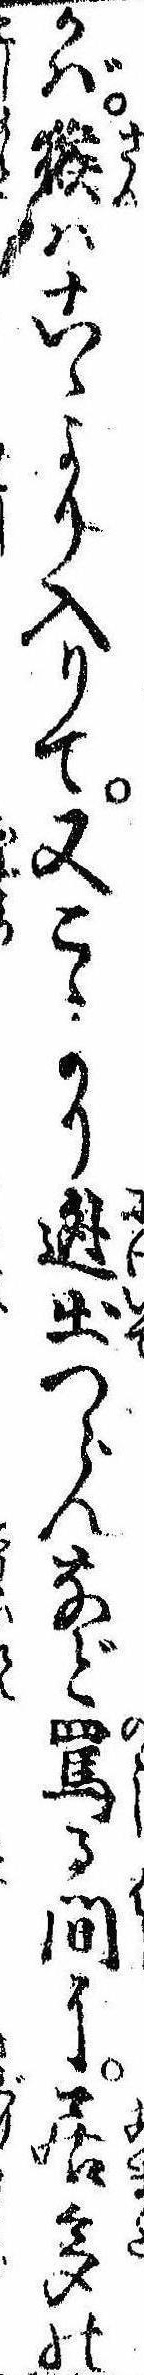
かば猴はこゝより入りて又こゝより逃出つらんなど罵る間に居多の